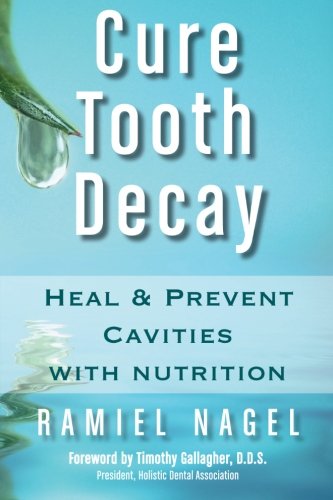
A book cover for Cure Tooth Decay: Heal and Prevent Cavities with Nutrition, 2nd Edition; Ramiel Nagel; Medical Books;